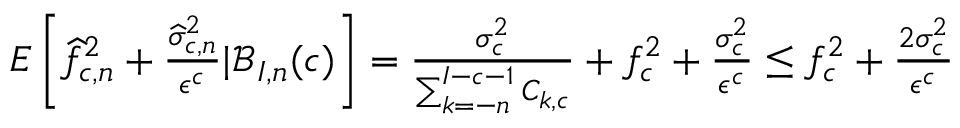
\begin{array} { r } { E \left[ \widehat { f } _ { c , n } ^ { 2 } + \frac { \widehat \sigma _ { c , n } ^ { 2 } } { \epsilon ^ { c } } | \mathcal { B } _ { I , n } ( c ) \right] = \frac { \sigma _ { c } ^ { 2 } } { \sum _ { k = - n } ^ { I - c - 1 } C _ { k , c } } + f _ { c } ^ { 2 } + \frac { \sigma _ { c } ^ { 2 } } { \epsilon ^ { c } } \leq f _ { c } ^ { 2 } + \frac { 2 \sigma _ { c } ^ { 2 } } { \epsilon ^ { c } } } \end{array}